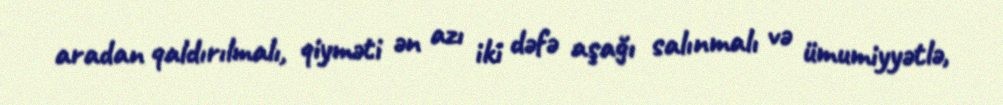
aradan qaldırılmalı, qiyməti ən azı iki dəfə aşağı salınmalı və ümumiyyətlə,